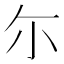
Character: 尓